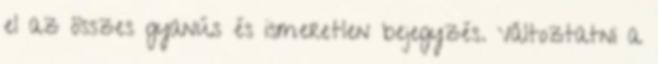
el az összes gyanús és ismeretlen bejegyzés. Változtatni a